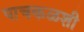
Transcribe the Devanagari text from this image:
पाचकळशी